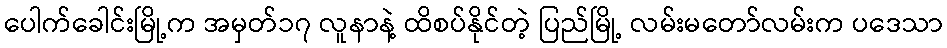
ပေါက်ခေါင်းမြို့က အမှတ်၁၇ လူနာနဲ့ ထိစပ်နိုင်တဲ့ ပြည်မြို့ လမ်းမတော်လမ်းက ပဒေသာ